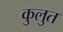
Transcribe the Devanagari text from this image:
कुलुत